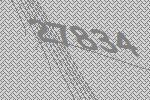
27834